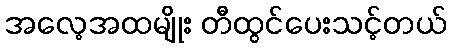
အလေ့အထမျိုး တီထွင်ပေးသင့်တယ်